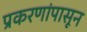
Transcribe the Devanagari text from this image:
प्रकरणांपासून